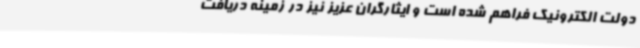
دولت الکترونیک فراهم شده است و ایثارگران عزیز نیز در زمینه دریافت